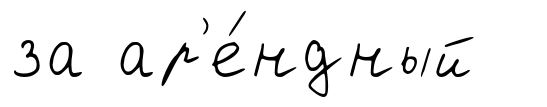
за ар'е́ндный